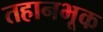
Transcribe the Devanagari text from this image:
तहानभूक